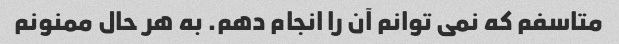
متاسفم که نمی توانم آن را انجام دهم. به هر حال ممنونم